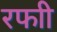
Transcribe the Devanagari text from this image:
रफाी